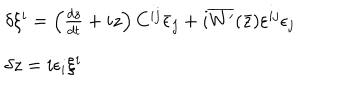
\begin{array} { l } { { \delta \xi ^ { i } = \left( { \frac { d z } { d t } } + i z \right) C ^ { i j } \bar { \epsilon } _ { j } + i \overline { { { W ^ { \prime } } } } ( \bar { z } ) \varepsilon ^ { i j } \epsilon _ { j } } } \\ { { \delta z = i \epsilon _ { i } \xi ^ { i } } } \\ \end{array}